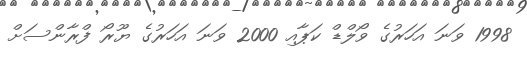
1998 ވަނަ އަހަރުގެ ވޯލްޑް ކަޕާއި 2000 ވަނަ އަހަރުގެ ޔޫރޯ ފްރާންސަށް